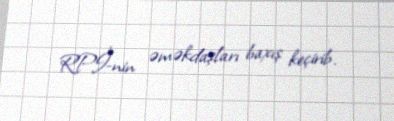
RPİ-nin əməkdaşları baxış keçirib.